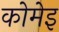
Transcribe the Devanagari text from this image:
कोमेइ